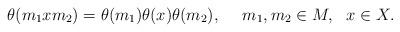
LaTeX: \begin{align*}\theta(m_1xm_2)=\theta(m_1)\theta(x)\theta(m_2),\ \ \ \ m_1,m_2\in M,\ \ x\in X.\end{align*}